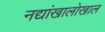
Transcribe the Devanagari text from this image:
नद्यांखालोखाल